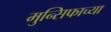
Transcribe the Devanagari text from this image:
मुन्सिफाच्या